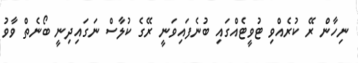
ނިހާން ރޭ ކުރެއްވި ޓުވީޓެއްގައި ބުނެފައިވަނީ ރޭގެ ކުލާސް ނަގައިދިނީ ބޯނެތް ވާވު